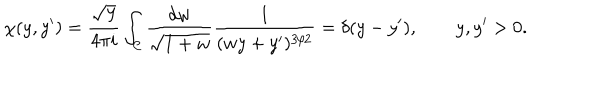
\chi ( y , y ^ { \prime } ) = \frac { \sqrt { y } } { 4 \pi i } \int _ { \cal C } \frac { d w } { \sqrt { 1 + w } } \frac { 1 } { ( w y + y ^ { \prime } ) ^ { 3 / 2 } } = \delta ( y - y ^ { \prime } ) , \qquad y , y ^ { \prime } > 0 .